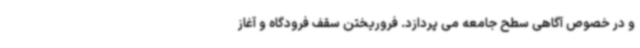
و در خصوص آگاهی سطح جامعه می پردازد. فروریختن سقف فرودگاه و آغاز